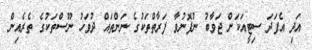
އަދި އެފަދަ ސިޓީއަކަށް ޖަވާބު ނުފޮނުވާ ފަރާތްތަކުގެ ނަންތައް ދުވަހު ނޫސްތަކުގެ ތެރެއިން